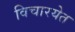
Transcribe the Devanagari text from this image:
विचारयेत